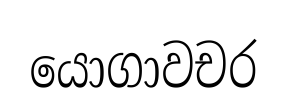
යොගාවචර